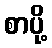
စာပို့